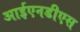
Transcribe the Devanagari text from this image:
आईएनडीएस